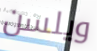
ويلسن